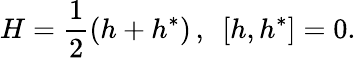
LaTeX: H=\frac 12(h+h^{*})\, ,\, \, \, \left[h,h^{*}\right]=0.